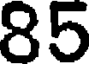
85